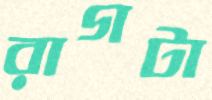
রাগটা